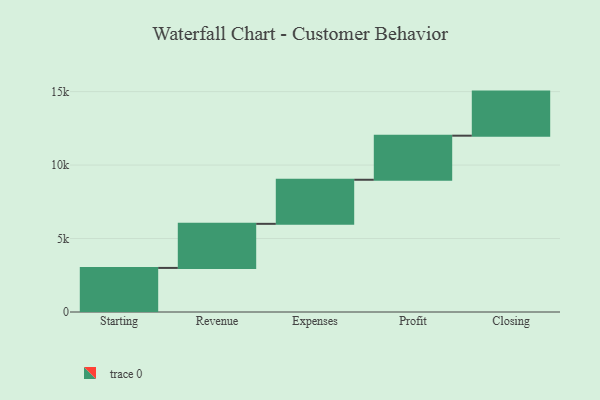
{"axis": {"x": "Step", "y": "Value"}, "legend": [""], "data": [{"x": "Starting", "y": 3000, "type": ""}, {"x": "Revenue", "y": 3000, "type": ""}, {"x": "Expenses", "y": 3000, "type": ""}, {"x": "Profit", "y": 3000, "type": ""}, {"x": "Closing", "y": 3000, "type": ""}]}